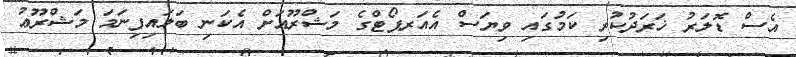
އެސް ޑޮލަރު ޚަރަދުކުރި ކަމުގައި ވިޔަސް އެއަރޕޯޓްގެ މަޝްރޫޢަށް އެކަނި ބަލައިފިނަމަ މަޝްރޫޢު